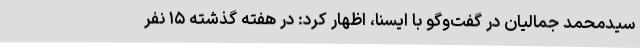
سیدمحمد جمالیان در گفت‌وگو با ایسنا، اظهار کرد: در هفته گذشته ۱۵ نفر